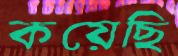
কয়েছি